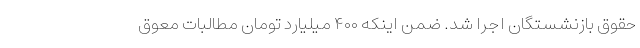
حقوق بازنشستگان اجرا شد. ضمن اینکه ۴۰۰ میلیارد تومان مطالبات معوق